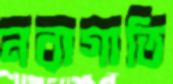
নরাগাতি